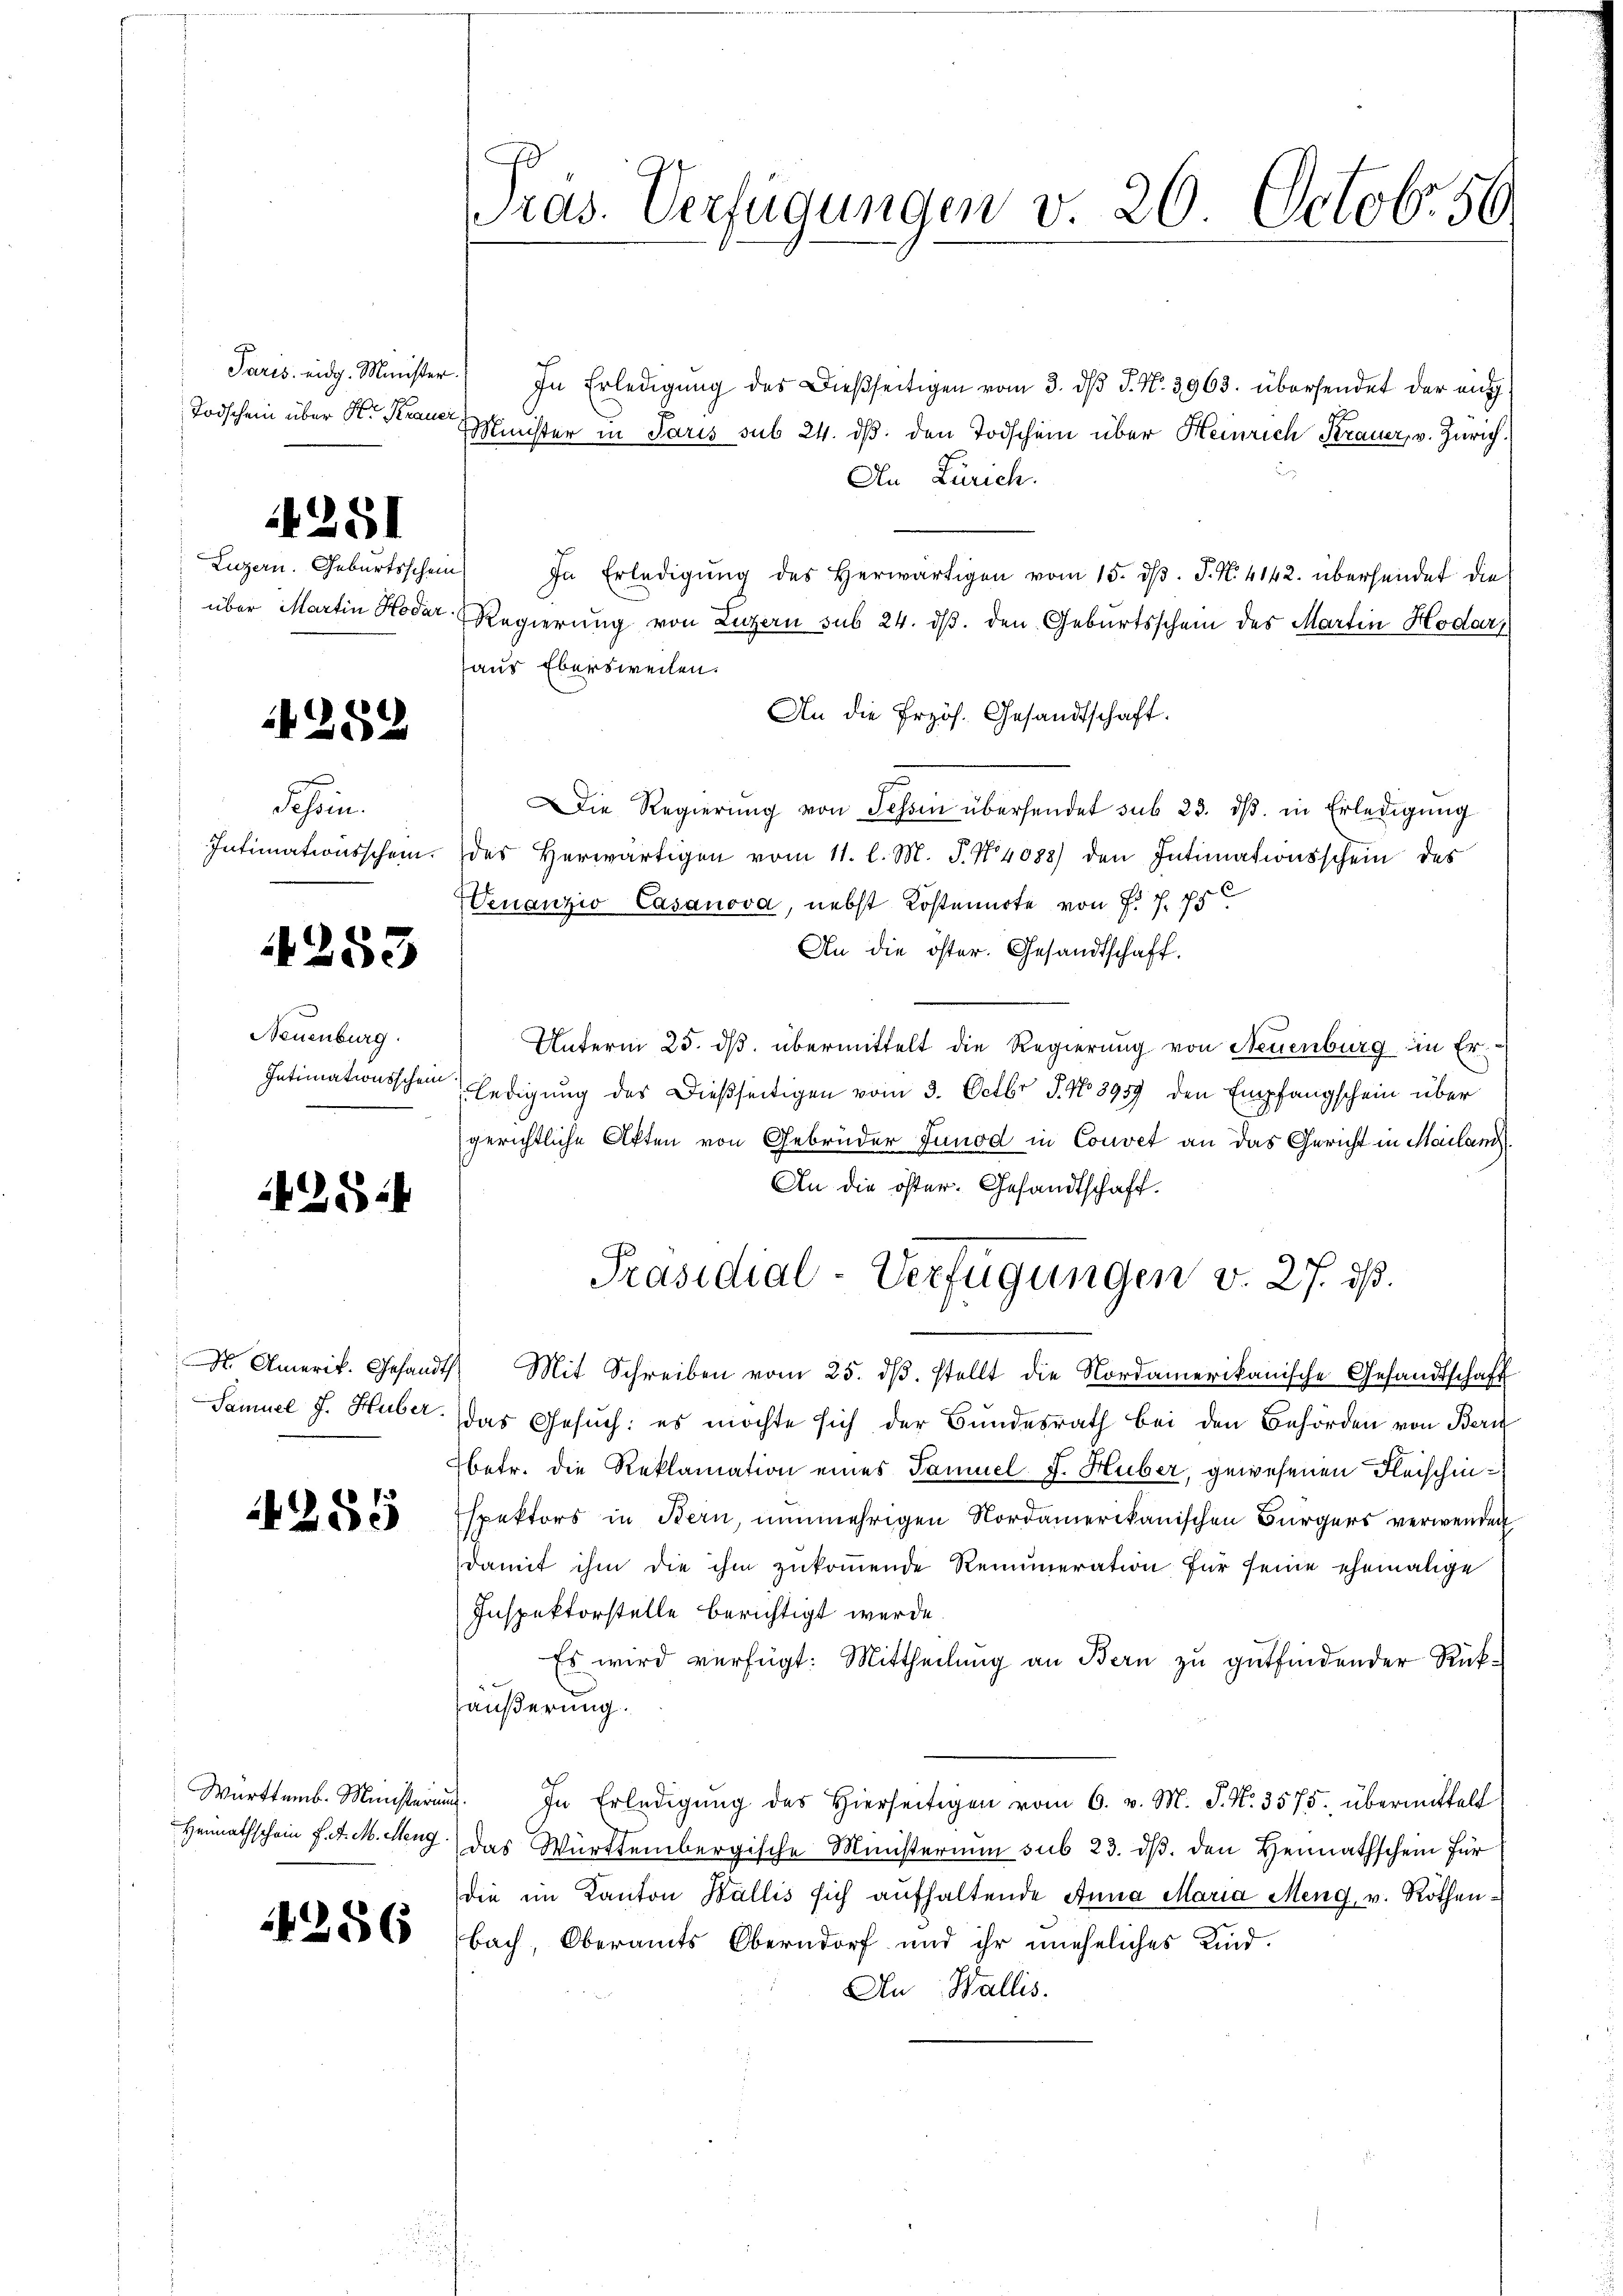
Paris eidg. Minister.
Todschein über Hr. Krauer

4251

Luzern. Geburtsschein

289

Schein

1253

Neuenburg.
Intimationsschein

4

24

Samuel J. Huber.

255

Heimathschein f. d. M. Meng

256

In Erledigŭng des Dießseitigen vom 3. dβ J. N. 3963. übersendet der eig
MMinister in Paris sub 24. dβ. den Todschein über Heinrich Krauer, v. Zürich.
An Zürich.
In Erledigŭng des herwärtigen vom 15. dβ. P. N. 4142. übersendet die
über Martin Hoder Regierung von Luzern sub 24. dβ. den Geburtsschein des Martin Hodar
haus Ebersweilen.
An die Prof. Gesandtschaft.
ie Regierŭng von Schin übersendet sub 23. dβ. in Erledigŭng
Intimationsschein. Das herwärtigen vom 11. l. M. P. Nr. 4088) den Intimationsschein des
Venanzio Casanova, nebst Kostennote von Fr. f. 75
An die öster. Gesandtschaft.
Unterm 25. ds. übermittelt die Regierung von Neuenburg in Er-
ledigung des Dießseitigen vom 3. Octbr. J. No 8959 den Empfangschein über
gerichtliche Akten von Gebrüder Junod in Couvet an das Gericht in Mailand
An die öster. Gesandtschaft.
Präsidial-Verfügungen v. 27. ds.
N. Amerik. Gesandt. Mit Schreiben vom 25. dβ. stellt die Nordamerikanische Gesandtschaft
das Gesuch: es möchte sich der Bundesrath bei den Behörden von Bern
betr. die Reklamation eines Tamuel J. Huber, gewesenen Fleischinspektors in Bern, nunmehrigen Nordamerikanischen Bürgers verwenden
damit ihm die ihm zukommende Remuneration für seine ehemalige
Inspektorstelle berichtigt werde.
Es wird verfügt: Mittheilung an Bern zu gutfindender Rückäußerung.
Württemb. Münsterŭng. In Erledigŭng des hierseitigen vom 6. v. M. J. N. 3575. übermittelt
das Württembergische Ministerium sub 23. dβ. den Heimathschein für
die im Kanton Wallis sich aŭfhaltende Anna Maria Meng, v. Rothenbach, Oberamts Oberndorf und ihr uneheliches Kind.
An Wallis.

ras. Verfügungen v. 20. Octobr. 56